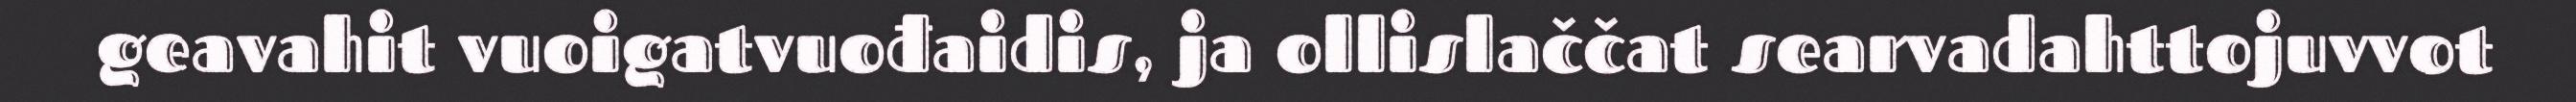
geavahit vuoigatvuođaidis, ja ollislaččat searvadahttojuvvot